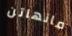
مانهاتن